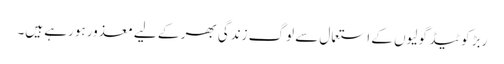
ربڑ کوٹیڈ گولیوں کے استعمال سے لوگ زندگی بھر کے لیے معذور ہورہے ہیں۔